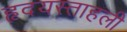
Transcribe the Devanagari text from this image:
हृदयस्ताहली